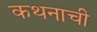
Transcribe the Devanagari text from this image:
कथनाची